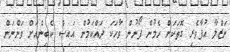
ނަޒްލާ އުފާވެރި ގޮތަކަށް ހެމުން ފޯނުން ވާހަކަ ދައްކަމުން އައިސް ކެބިންއަށް ވަންނަން